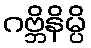
ဂဗ္ဘိနိမ္ပိ